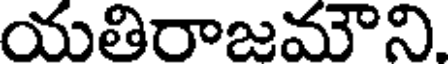
యతిరాజమౌని.